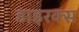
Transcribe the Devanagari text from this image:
डाइरक्स